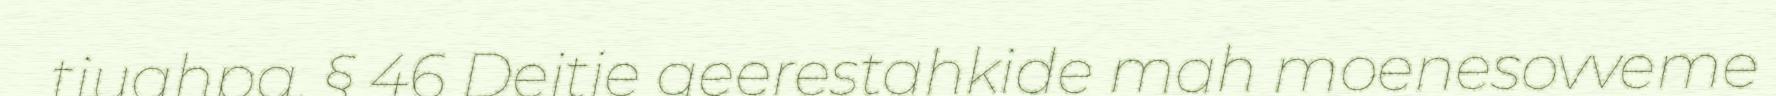
tjuahpa. § 46 Dejtie geerestahkide mah moenesovveme